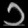
Digit: ၁